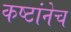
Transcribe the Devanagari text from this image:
कष्टांनेच